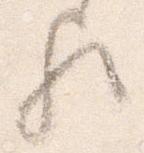
歟